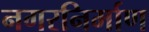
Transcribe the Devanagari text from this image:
नगरनिर्माण